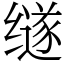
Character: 䍁